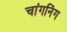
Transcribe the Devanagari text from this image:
चांगनिंग